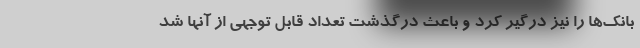
بانک‌ها را نیز درگیر کرد و باعث درگذشت تعداد قابل توجهی از آنها شد